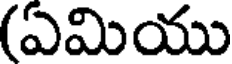
(ఏమియు